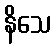
နိသေ